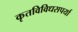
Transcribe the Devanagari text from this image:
कृतविविधसपर्या